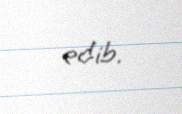
edib.